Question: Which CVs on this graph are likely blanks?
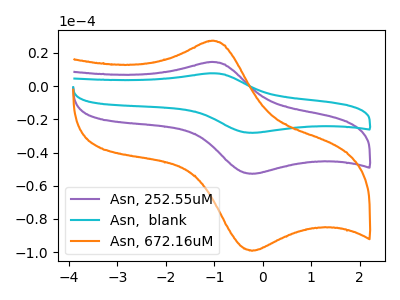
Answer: <think>The purple curve "Asn, 252.55uM" has an anodic peak at (-1.05V, 14.50uA) and a cathodic peak at (-0.20V, -52.85uA). The cyan curve "Asn,  blank" has an anodic peak at (-1.05V, 29.00uA) and a cathodic peak at (-0.20V, -105.65uA). The orange curve "Asn, 672.16uM" has an anodic peak at (-1.05V, 27.20uA) and a cathodic peak at (-0.20V, -99.15uA).</think>
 <answer>There are not any CV's on this graph that are likely to be blanks.</answer>
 <eval>none</eval>